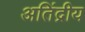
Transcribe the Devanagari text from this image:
अतिंद्रीय